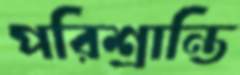
পরিশ্রান্তি